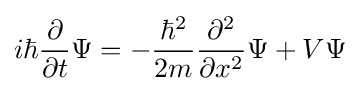
i\hbar {\frac {\partial }{\partial t}}\Psi =-{\frac {\hbar ^{2}}{2m}}{\frac {\partial ^{2}}{\partial x^{2}}}\Psi +V\Psi